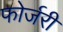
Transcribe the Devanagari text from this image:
फोर्जरी